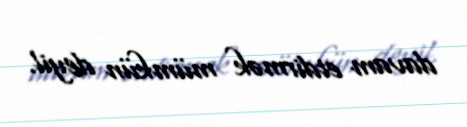
davam etdirmək mümkün deyil.